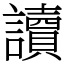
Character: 讀